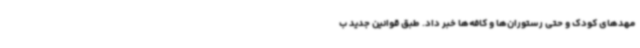
مهدهای کودک و حتی رستوران‌ها و کافه‌ها خبر داد. طبق قوانین جدید ب